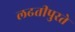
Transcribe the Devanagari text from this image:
लढतीपुरते